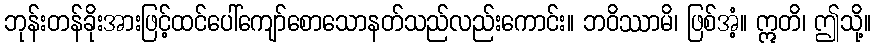
ဘုန်းတန်ခိုးအားဖြင့်ထင်ပေါ်ကျော်စောသောနတ်သည်လည်းကောင်း။ ဘဝိဿာမိ၊ ဖြစ်အံ့။ ဣတိ၊ ဤသို့။